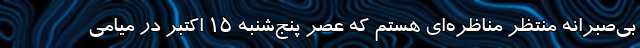
بی‌صبرانه منتظر مناظره‌ای هستم که عصر پنج‌شنبه ۱۵ اکتبر در میامی